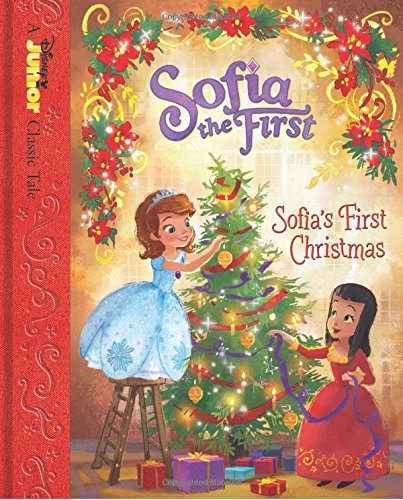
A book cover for Sofia the First Sofia's First Christmas (Disney Junior Classic Tales); Disney Book Group; Children's Books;